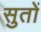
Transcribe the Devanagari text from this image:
सुतों